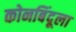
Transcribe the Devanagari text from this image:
कोनबिंदूला